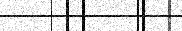
٦